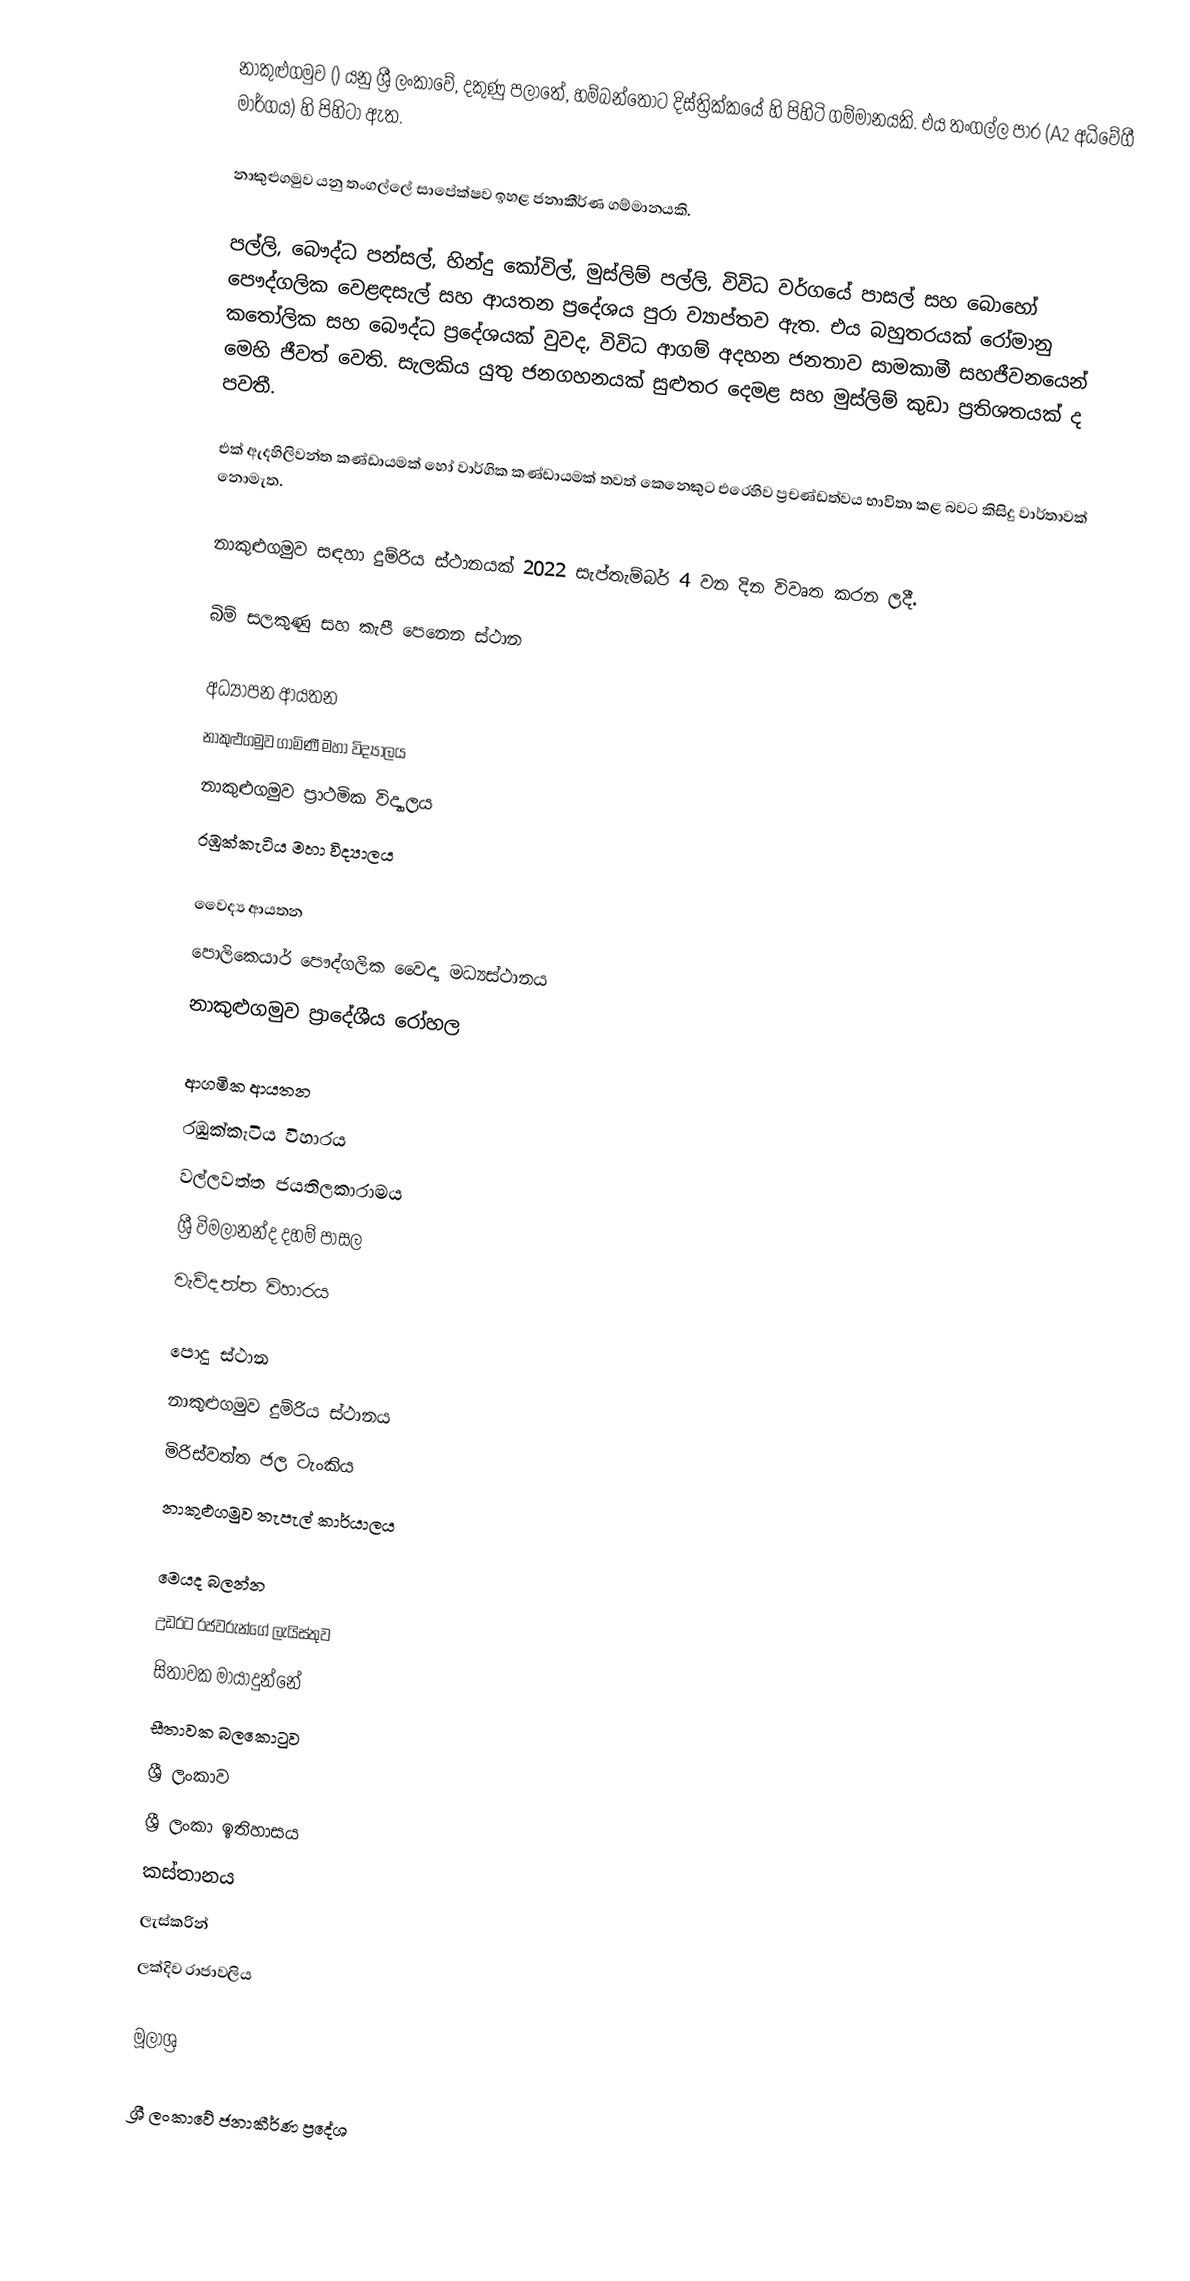
නාකුළුගමුව () යනු ශ්‍රී ලංකාවේ, දකුණු පලාතේ, හම්බන්තොට දිස්ත්‍රික්කයේ හි පිහිටි ගම්මානයකි. එය තංගල්ල පාර (A2 අධිවේගී මාර්ගය) හි පිහිටා ඇත.

නාකුළුගමුව යනු තංගල්ලේ සාපේක්ෂව ඉහළ ජනාකීර්ණ ගම්මානයකි.

පල්ලි, බෞද්ධ පන්සල්, හින්දු කෝවිල්, මුස්ලිම් පල්ලි, විවිධ වර්ගයේ පාසල් සහ බොහෝ පෞද්ගලික වෙළඳසැල් සහ ආයතන ප්‍රදේශය පුරා ව්‍යාප්තව ඇත. එය බහුතරයක් රෝමානු කතෝලික සහ බෞද්ධ ප්‍රදේශයක් වුවද, විවිධ ආගම් අදහන ජනතාව සාමකාමී සහජීවනයෙන් මෙහි ජීවත් වෙති. සැලකිය යුතු ජනගහනයක් සුළුතර දෙමළ සහ මුස්ලිම් කුඩා ප්‍රතිශතයක් ද පවතී.

එක් ඇදහිලිවන්ත කණ්ඩායමක් හෝ වාර්ගික කණ්ඩායමක් තවත් කෙනෙකුට එරෙහිව ප්‍රචණ්ඩත්වය භාවිතා කළ බවට කිසිදු වාර්තාවක් නොමැත.

නාකුළුගමුව සඳහා දුම්රිය ස්ථානයක් 2022 සැප්තැම්බර් 4 වන දින විවෘත කරන ලදී.

බිම් සලකුණු සහ කැපී පෙනෙන ස්ථාන

අධ්‍යාපන ආයතන
නාකුළුගමුව ගාමිණී මහා විද්‍යාලය
නාකුළුගමුව ප්‍රාථමික විද්‍යාලය
රඹුක්කැටිය මහා විද්‍යාලය

වෛද්‍ය ආයතන
පොලිකෙයාර් පෞද්ගලික වෛද්‍ය මධ්‍යස්ථානය
නාකුළුගමුව ප්‍රාදේශීය රෝහල

ආගමික ආයතන
රඹුක්කැටිය විහාරය
වල්ලවත්ත ජයතිලකාරාමය
ශ්‍රී විමලානන්ද දහම් පාසල
වැව්දත්ත විහාරය

පොදු ස්ථාන
නාකුළුගමුව දුම්රිය ස්ථානය
මිරිස්වත්ත ජල ටැංකිය
නාකුළුගමුව තැපැල් කාර්යාලය

මෙයද බලන්න
උඩරට රජවරුන්ගේ ලැයිස්තුව
සිතාවක මායාදුන්නේ
සීතාවක බලකොටුව
ශ්‍රී ලංකාව
ශ්‍රී ලංකා ඉතිහාසය
කස්තානය
ලැස්කරින්
ලක්දිව රාජාවලිය

මූලාශ්‍ර

ශ්‍රී ලංකාවේ ජනාකීර්ණ ප්‍රදේශ